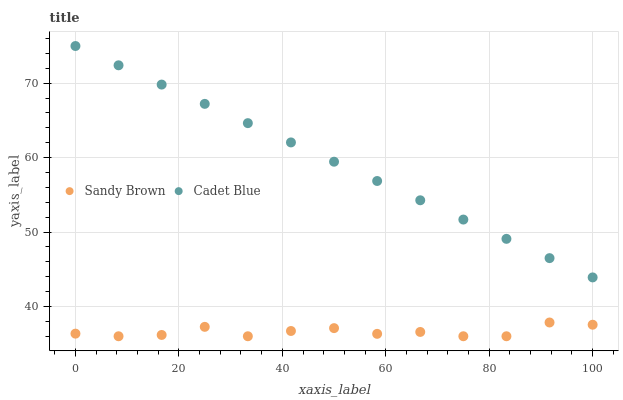
| xaxis_label | Sandy Brown | Cadet Blue |
 | --- | --- | --- |
 | 0 | 36.4 | 75 |
 | 8.33 | 36 | 72.4 |
 | 16.7 | 36.2 | 69.8 |
 | 25 | 37.3 | 67.2 |
 | 33.3 | 36 | 64.6 |
 | 41.7 | 36.7 | 62 |
 | 50 | 37.1 | 59.5 |
 | 58.3 | 36.3 | 56.9 |
 | 66.7 | 36.6 | 54.3 |
 | 75 | 36 | 51.7 |
 | 83.3 | 36 | 49.1 |
 | 91.7 | 37.9 | 46.5 |
 | 100 | 37.6 | 43.9 |